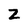
Character: Z